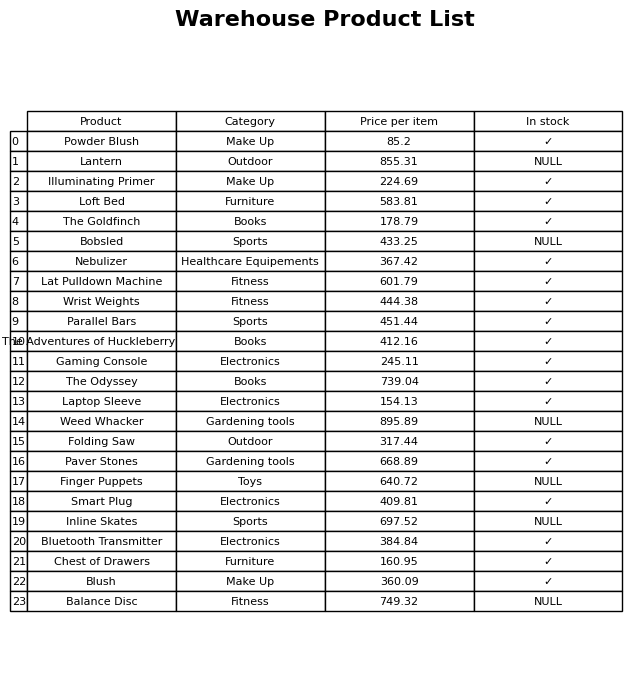
question: What is the price for Paver Stones?
answer: The price of Paver Stones is 668.89.